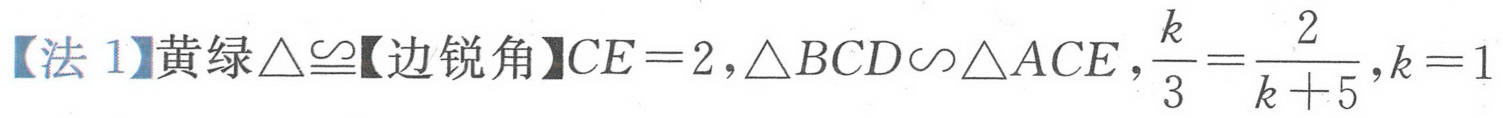
【法 1】黄绿\(\triangle\cong\)【边锐角】\(CE = 2\)，\(\triangle BCD\backsim\triangle ACE\)，\(\frac{k}{3}=\frac{2}{k + 5}\)，\(k = 1\)